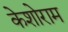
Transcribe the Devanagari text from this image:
केशोराम